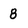
Character: 8